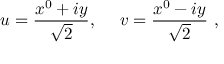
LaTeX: u = { \frac { x ^ { 0 } + i y } { \sqrt { 2 } } } , ~ ~ ~ ~ v = { \frac { x ^ { 0 } - i y } { \sqrt { 2 } } } ~ ,